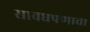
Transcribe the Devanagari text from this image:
सावधपणाचा